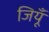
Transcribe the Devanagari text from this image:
जियूँ